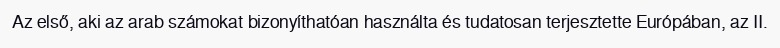
Az első, aki az arab számokat bizonyíthatóan használta és tudatosan terjesztette Európában, az II.